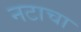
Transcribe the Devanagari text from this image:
नटाचा